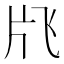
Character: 𱭙